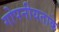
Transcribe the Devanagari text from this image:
गोपनीयताके